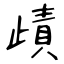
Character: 歵